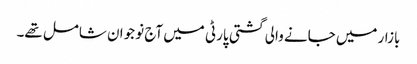
بازار میں جانے والی گشتی پارٹی میں آج نو جوان شامل تھے۔